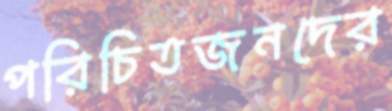
পরিচিতজনদের